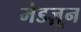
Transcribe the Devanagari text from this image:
मेडज़ून